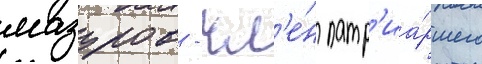
мазуров - чл'е́н патр'иа́ршего